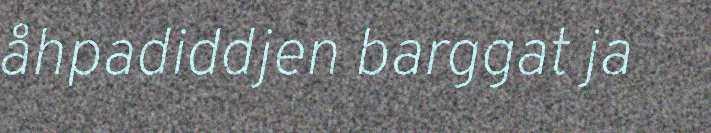
åhpadiddjen barggat ja